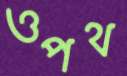
ওপথ